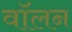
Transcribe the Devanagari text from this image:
वॉलन